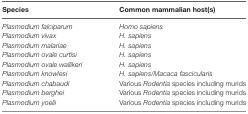
<table><thead><tr><td><b>Species</b></td><td><b>Common mammalian host(s)</b></td></tr></thead><tbody><tr><td><i>Plasmodium falciparum</i></td><td><i>Homo sapiens</i></td></tr><tr><td><i>Plasmodium vivax</i></td><td><i>H. sapiens</i></td></tr><tr><td><i>Plasmodium malariae</i></td><td><i>H. sapiens</i></td></tr><tr><td><i>Plasmodium ovale curtisi</i></td><td><i>H. sapiens</i></td></tr><tr><td><i>Plasmodium ovale wallikeri</i></td><td><i>H. sapiens</i></td></tr><tr><td><i>Plasmodium knowlesi</i></td><td><i>H. sapiens</i>/<i>Macaca fascicularis</i></td></tr><tr><td><i>Plasmodium chabaudi</i></td><td>Various <i>Rodentia</i> species including murids</td></tr><tr><td><i>Plasmodium berghei</i></td><td>Various <i>Rodentia</i> species including murids</td></tr><tr><td><i>Plasmodium yoelii</i></td><td>Various <i>Rodentia</i> species including murids</td></tr></tbody></table>